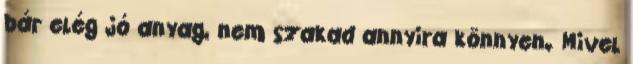
bár elég jó anyag, nem szakad annyira könnyen. Mivel